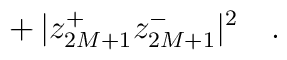
+\,|z^+_{2M+1}z^-_{2M+1}|^2\ \ \ .